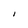
Character: I